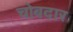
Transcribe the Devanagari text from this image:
चोबदार